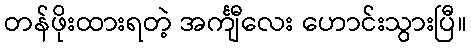
တန်ဖိုးထားရတဲ့ အင်္ကျီလေး ဟောင်းသွားပြီ။